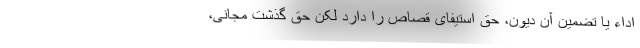
اداء یا تضمین آن دیون، حق استیفای قصاص را دارد لکن حق گذشت مجانی،